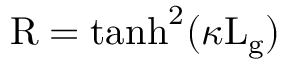
\mathrm { R } = \mathrm { t a n h } ^ { 2 } ( \kappa \mathrm { L _ { g } } )